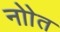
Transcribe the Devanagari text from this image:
नोाेत